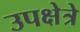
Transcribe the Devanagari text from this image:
उपक्षेत्रे